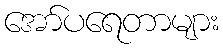
အော်ပရေတာများ